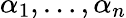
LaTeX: \alpha_{1},\dots,\alpha_{n}